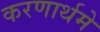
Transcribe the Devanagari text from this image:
करणार्थमे